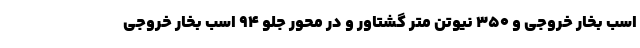
اسب بخار خروجی و 350 نیوتن متر گشتاور و در محور جلو 94 اسب بخار خروجی